Regulations for the medical services of the Army of India
Year: 1930
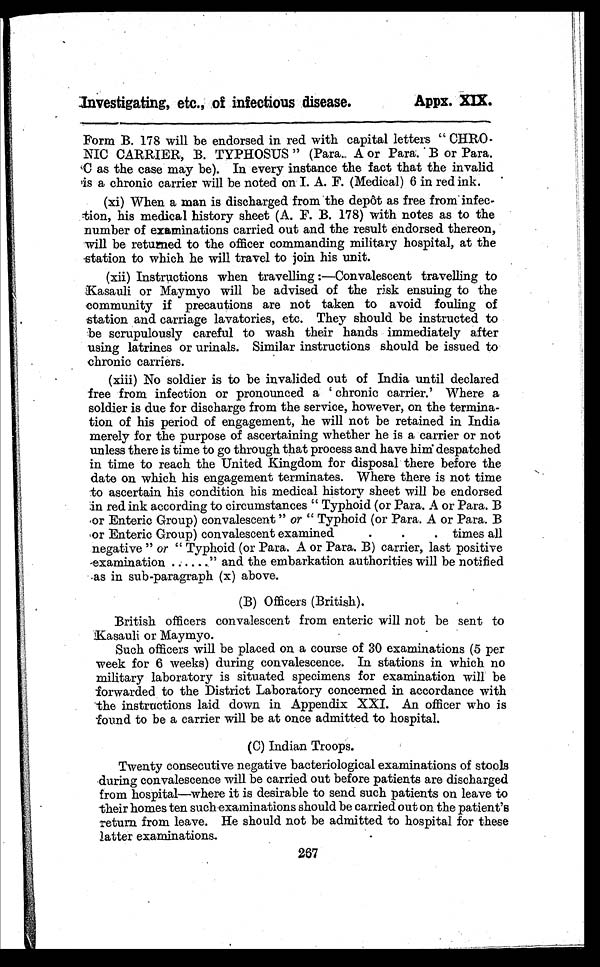
Investigating, etc., of infectious disease.
Appx. XIX.
Form B. 178 will be endorsed in red with capital letters "CHRO
-NIC CARRIER, B. TYPHOSUS" (Para. A or Para. B or Para.
C as the case may be). In every instance the fact that the invalid
is a chronic carrier will be noted on I. A. F. (Medical) 6 in red ink.
(xi)When a man is discharged from the depôt as free from infec-
tion, his medical history sheet (A. F. B. 178) with notes as to the
number of examinations carried out and the result endorsed thereon,
will be returned to the officer commanding military hospital, at the
station to which he will travel to join his unit.
(xii)Instructions when travelling :— Convalescent travelling to
Kasauli or Maymyo will be advised of the risk ensuing to the
community if precautions are not taken to avoid fouling of
station and carriage lavatories, etc. They should be instructed to
be scrupulously careful to wash their hands immediately after
using latrines or urinals. Similar instructions should be issued to
chronic carriers.
(xiii)No soldier is to be invalided out of India until declared
free from infection or pronounced a 'chronic carrier.' Where a
soldier is due for discharge from the service, however, on the termina-
tion of his period of engagement, he will not be retained in India
merely for the purpose of ascertaining whether he is a carrier or not
unless there is time to go through that process and have him despatched
in time to reach the United Kingdom for disposal there before the
date on which his engagement terminates. Where there is not time
to ascertain his condition his medical history sheet will be endorsed
in red ink according to circumstances "Typhoid (or Para. A or Para. B
or Enteric Group) convalescent" or "Typhoid (or Para. A or Para. B
or Enteric Group) convalescent examined . . . times all
negative" or "Typhoid (or Para. A or Para. B) carrier, last positive
examination ......" and the embarkation authorities will be notified
as in sub-paragraph (x) above.
(B) Officers (British).
British officers convalescent from enteric will not be sent to
Kasauli or Maymyo.
Such officers will be placed on a course of 30 examinations (5 per
week for 6 weeks) during convalescence. In stations in which no
military laboratory is situated specimens for examination will be
forwarded to the District Laboratory concerned in accordance with
the instructions laid down in Appendix XXI. An officer who is
found to be a carrier will be at once admitted to hospital.
(C) Indian Troops.
Twenty consecutive negative bacteriological examinations of stools
during convalescence will be carried out before patients are discharged
from hospital—where it is desirable to send such patients on leave to
their homes ten such examinations should be carried out on the patient's
return from leave. He should not be admitted to hospital for these
latter examinations.
267